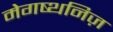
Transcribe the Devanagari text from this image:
मेगष्थनिज़